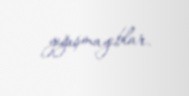
yığışmayıblar.